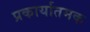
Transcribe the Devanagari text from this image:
प्रकार्यातमक